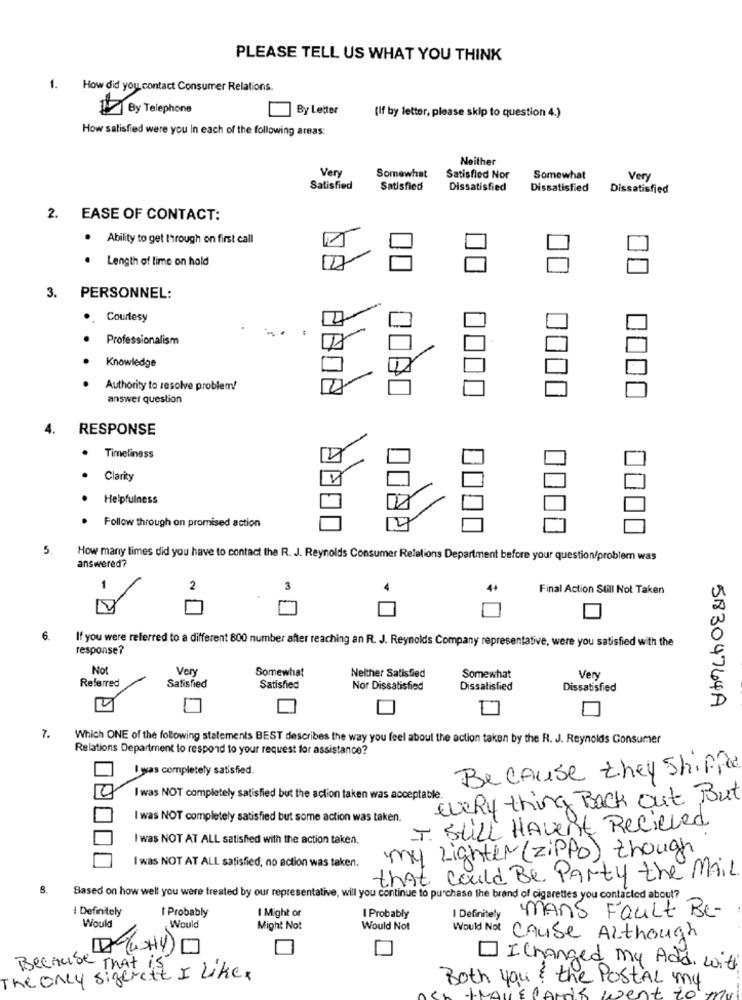
PLEASE TELL US WHAT YOU THINK
1.
How did you contact Consumer Relations.
By Telephone
By Letter
(If by letter, please skip to question 4.)
How satisfied were you In each of the following areas:
Neither
Very
Somewhat
Satisfied Nor
Somewhat
Very
Satisfied
Satisfied
Dissatisfied
Dissatisfied
Dissatisfied
2. EASE OF CONTACT:
. Ability to get through on first call
. Length of lime on hald
3. PERSONNEL:
..
Courtesy
.
Professionalism
Knowledge
Authority to resolve problem!
answer question
4.
RESPONSE
. Timeliness
Clarity
Helpfulness
Follow through on promised action
5.
How many limes did you have to contact the R. J. Reynolds Consumer Relations Department before your question/problem was
answered?
1
2
3
Final Action Still Not Taken
If you were referred to a different 800 number after reaching an R. J. Reynolds Company representative, were you satisfied with the
response?
Not
Very
Somewhat
Referred
Neither Satisfied
Somewhat
Very
Satisfied
Satisfied
Nor Dissatisfied
Dissatisfied
Dissatisfied
4
58304764A
7.
Which ONE of the following statements BEST describes the way you feel about the action taken by the R. J. Reynolds Consumer
Relations Department to respond to your request for assistance?
I was completely satisfied.
Because they Shiffe
I was NOT completely satisfied but the action taken was acceptable.
every thing Back out But
I was NOT completely satisfied but some action was taken.
I STILL HAVEnt Recieved
I was NOT AT ALL satisfied with the action taken.
my Lighter (zippo) though
I was NOT AT ALL satisfied, no action was taken.
that could Be Party the Mail.
Based on how well you were treated by our representative, will you continue to purchase the brand of cigarettes you contacted about?
I Definitely
I Probably
I Might or
I Probably
I Definitely
mans Fault Be-
Would
Would
Might Not
Would Not
Would Not Cause Although
- IChanged my Add with
The Only sigerett
Because That is I Like.
Both you ? the PostAL my
wen.